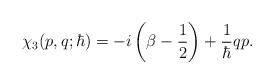
LaTeX: \begin{align*}\chi_3 (p, q; \hbar) = -i \left( \beta - \frac{1}{2} \right) +\frac{1}{\hbar} q p. \end{align*}